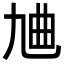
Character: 𪜔